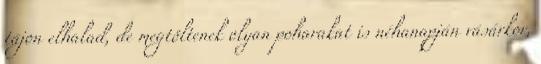
tájon elhalad, de megtöltenek olyan poharakat is néhanapján vásárkor,